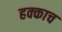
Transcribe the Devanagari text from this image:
हक्काच